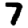
Digit: 7